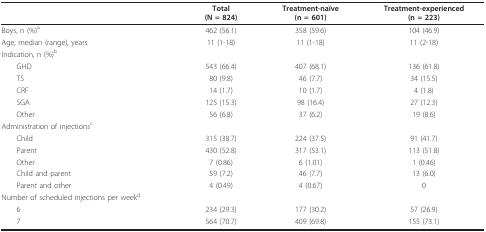
<table><thead><tr><td></td><td><b>Total(N = 824)</b></td><td><b>Treatment-naïve(n = 601)</b></td><td><b>Treatment-experienced(n = 223)</b></td></tr></thead><tbody><tr><td>Boys, n (%)<sup>a</sup></td><td>462 (56.1)</td><td>358 (59.6)</td><td>104 (46.9)</td></tr><tr><td>Age, median (range), years</td><td>11 (1-18)</td><td>11 (1-18)</td><td>11 (2-18)</td></tr><tr><td>Indication, n (%)<sup>b</sup></td><td></td><td></td><td></td></tr><tr><td> GHD</td><td>543 (66.4)</td><td>407 (68.1)</td><td>136 (61.8)</td></tr><tr><td> TS</td><td>80 (9.8)</td><td>46 (7.7)</td><td>34 (15.5)</td></tr><tr><td> CRF</td><td>14 (1.7)</td><td>10 (1.7)</td><td>4 (1.8)</td></tr><tr><td> SGA</td><td>125 (15.3)</td><td>98 (16.4)</td><td>27 (12.3)</td></tr><tr><td> Other</td><td>56 (6.8)</td><td>37 (6.2)</td><td>19 (8.6)</td></tr><tr><td>Administration of injections<sup>c</sup></td><td></td><td></td><td></td></tr><tr><td> Child</td><td>315 (38.7)</td><td>224 (37.5)</td><td>91 (41.7)</td></tr><tr><td> Parent</td><td>430 (52.8)</td><td>317 (53.1)</td><td>113 (51.8)</td></tr><tr><td> Other</td><td>7 (0.86)</td><td>6 (1.01)</td><td>1 (0.46)</td></tr><tr><td> Child and parent</td><td>59 (7.2)</td><td>46 (7.7)</td><td>13 (6.0)</td></tr><tr><td> Parent and other</td><td>4 (0.49)</td><td>4 (0.67)</td><td>0</td></tr><tr><td>Number of scheduled injections per week<sup>d</sup></td><td></td><td></td><td></td></tr><tr><td> 6</td><td>234 (29.3)</td><td>177 (30.2)</td><td>57 (26.9)</td></tr><tr><td> 7</td><td>564 (70.7)</td><td>409 (69.8)</td><td>155 (73.1)</td></tr></tbody></table>